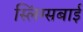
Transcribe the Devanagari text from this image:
स्लिंग्सबाई